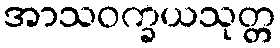
အာသဝက္ခယသုတ္တ